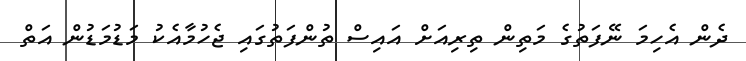
ދެން އެހިމަ ނޭފަތުގެ މަތިން ތިރިއަށް އައިސް ތުންފަތުގައި ޖެހުމާއެކު މަޑުމަޑުން އަތް